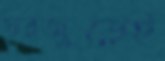
ঘরজুড়েই